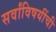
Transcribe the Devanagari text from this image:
सर्वांविषयींची